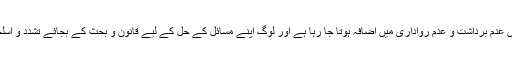
اسی کے ساتھ ملک میں عدم برداشت و عدم رواداری میں اضافہ ہوتا جا رہا ہے اور لوگ اپنے مسائل کے حل کے لیے قانون و بحث کے بجائے تشدد و اسلحے سے کام لیتے ہیں۔